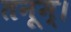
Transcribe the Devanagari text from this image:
तनूम्।